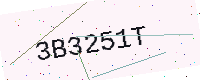
Text: 3B3251T